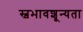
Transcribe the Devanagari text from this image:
स्वभावशून्यता